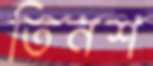
তিনশ